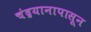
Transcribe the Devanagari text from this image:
चंद्रयानापासून